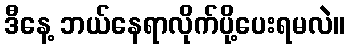
ဒီနေ့ ဘယ်နေရာလိုက်ပို့ပေးရမလဲ။